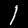
Label: 1